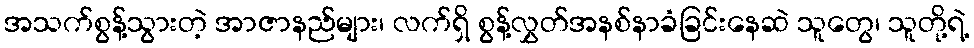
အသက်စွန့်သွားတဲ့ အာဇာနည်များ၊ လက်ရှိ စွန့်လွှတ်အနစ်နာခံခြင်းနေဆဲ သူတွေ၊ သူတို့ရဲ့